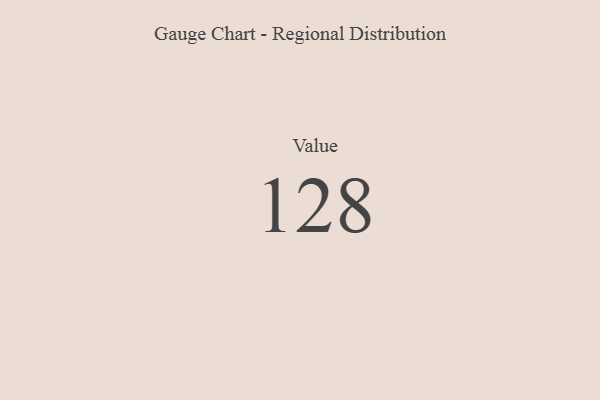
{"axis": {"x": "Metric", "y": "Value"}, "legend": [""], "data": [{"x": "Value", "y": 128, "type": ""}]}